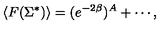
\langle F ( \Sigma ^ { * } ) \rangle = ( e ^ { - 2 \beta } ) ^ { A } + \cdots ,